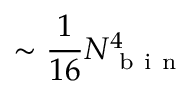
\sim \frac { 1 } { 1 6 } N _ { \mathrm { ~ b ~ i ~ n ~ } } ^ { 4 }